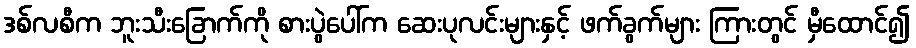
ဒစ်လစီက ဘူးသီးခြောက်ကို စားပွဲပေါ်က ဆေးပုလင်းများနှင့် ဖက်ခွက်များ ကြားတွင် မှီထောင်၍